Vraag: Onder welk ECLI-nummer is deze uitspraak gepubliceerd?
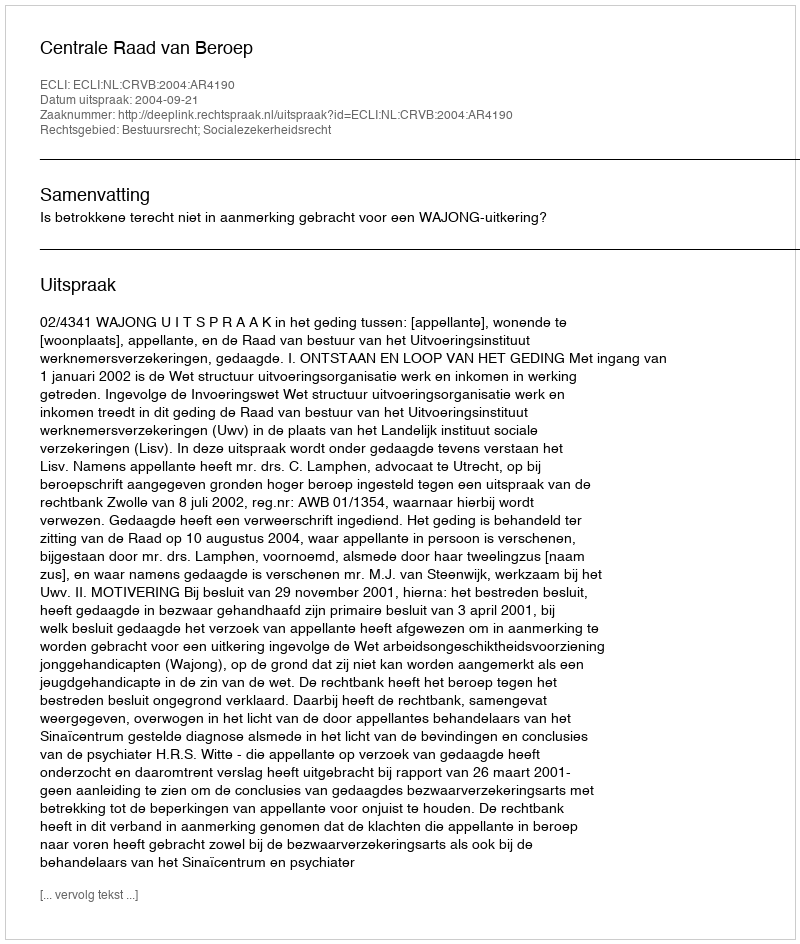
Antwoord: ECLI:NL:CRVB:2004:AR4190